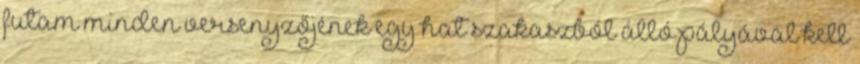
futam minden versenyzőjének egy hat szakaszból álló pályával kell